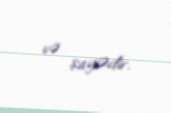
və şayiədir.